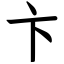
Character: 卞